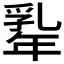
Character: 𢆡